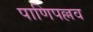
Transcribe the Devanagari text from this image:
पाणिपल्लव